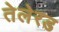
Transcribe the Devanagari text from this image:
तेलेरड